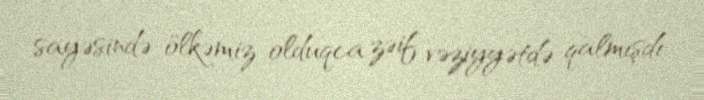
sayəsində ölkəmiz olduqca zəif vəziyyətdə qalmışdı.